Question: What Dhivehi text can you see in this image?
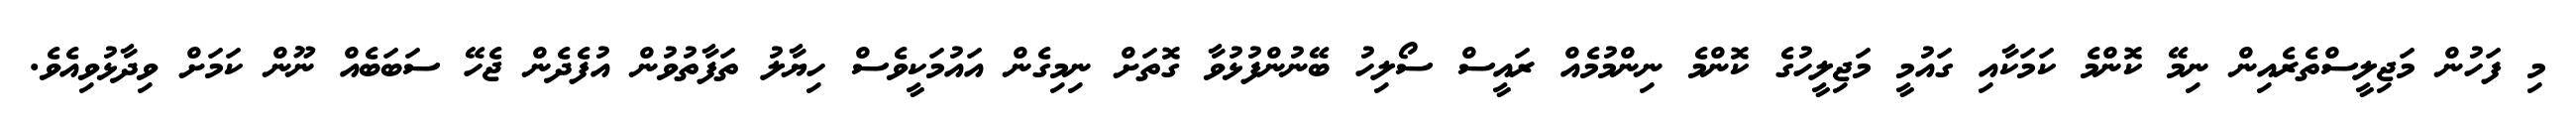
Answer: މި ފަހުން މަޖިލީސްތެރެއިން ނިމޭ ކޮންމެ ކަމަކާއި ގައުމީ މަޖިލީހުގެ ކޮންމެ ނިންމުމެއް ރައީސް ސޯލިހު ބޭނުންފުޅުވާ ގޮތަށް ނިމިގެން އައުމަކީވެސް ހިޔާލު ތަފާތުވުން އުފެދެން ޖެހޭ ސަބަބެއް ނޫން ކަމަށް ވިދާޅުވިއެވެ.